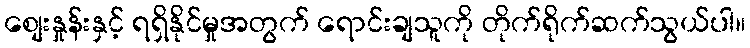
စျေးနှုန်းနှင့် ရရှိနိုင်မှုအတွက် ရောင်းချသူကို တိုက်ရိုက်ဆက်သွယ်ပါ။